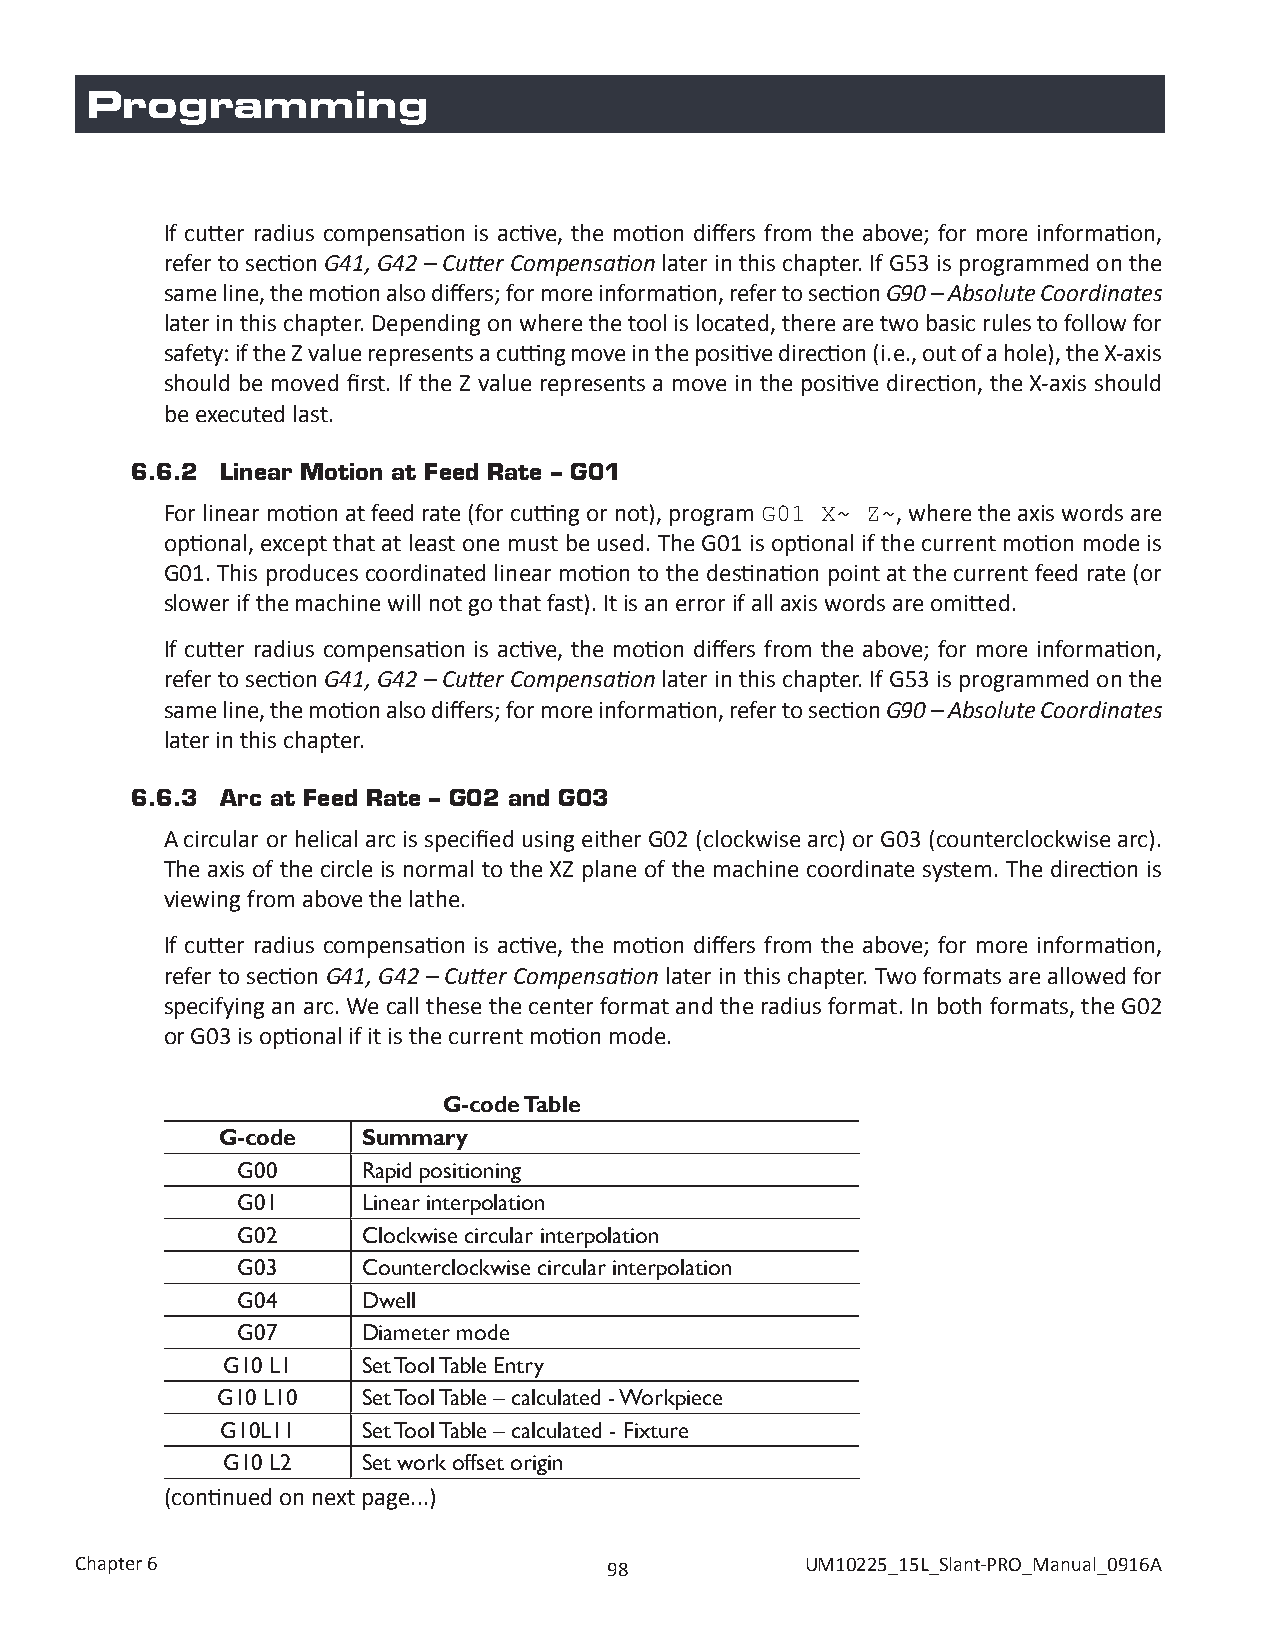
Programming
 If cutter radius compensation is active, the motion differs from the above; for more information,
 refer to section G41, G42 – Cutter Compensation later in this chapter. If G53 is programmed on the
 same line, the motion also differs; for more information, refer to section G90 – Absolute Coordinates
 later in this chapter. Depending on where the tool is located, there are two basic rules to follow for
 safety: if the Z value represents a cutting move in the positive direction (i.e., out of a hole), the X-axis
 should be moved first. If the Z value represents a move in the positive direction, the X-axis should
 be executed last.
 6.6.2 Linear Motion at Feed Rate – G01
 For linear motion at feed rate (for cutting or not), program , where the axis words are
 G01 X~ Z~
 optional, except that at least one must be used. The G01 is optional if the current motion mode is
 G01. This produces coordinated linear motion to the destination point at the current feed rate (or
 slower if the machine will not go that fast). It is an error if all axis words are omitted.
 If cutter radius compensation is active, the motion differs from the above; for more information,
 refer to section G41, G42 – Cutter Compensation later in this chapter. If G53 is programmed on the
 same line, the motion also differs; for more information, refer to section G90 – Absolute Coordinates
 later in this chapter.
 6.6.3 Arc at Feed Rate – G02 and G03
 A circular or helical arc is specified using either G02 (clockwise arc) or G03 (counterclockwise arc).
 The axis of the circle is normal to the XZ plane of the machine coordinate system. The direction is
 viewing from above the lathe.
 If cutter radius compensation is active, the motion differs from the above; for more information,
 refer to section G41, G42 – Cutter Compensation later in this chapter. Two formats are allowed for
 specifying an arc. We call these the center format and the radius format. In both formats, the G02
 or G03 is optional if it is the current motion mode.
 G-code Table
 G-code    Summary
 G00     Rapid positioning
 G01     Linear interpolation
 G02     Clockwise circular interpolation
 G03     Counterclockwise circular interpolation
 G04     Dwell
 G07     Diameter mode
 G10 L1   Set Tool Table Entry
 G10 L10   Set Tool Table – calculated - Workpiece
 G10L11   Set Tool Table – calculated - Fixture
 G10 L2   Set work offset origin
 (continued on next page...)
 Chapter 6                          98           UM10225_15L_Slant-PRO_Manual_0916A